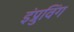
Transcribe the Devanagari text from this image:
इंप्रुविंग